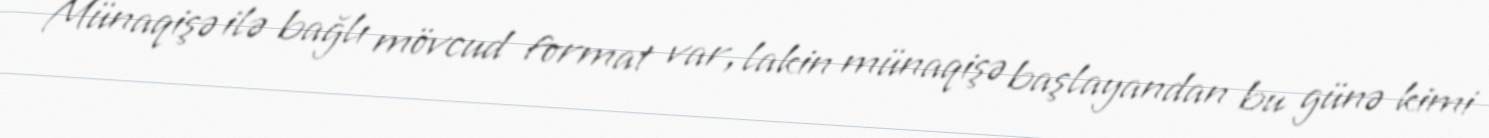
Münaqişə ilə bağlı mövcud format var, lakin münaqişə başlayandan bu günə kimi